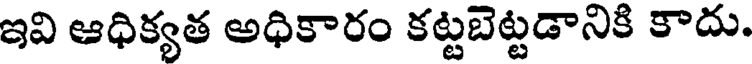
ఇవి ఆధిక్యత అధికారం కట్టబెట్టడానికి కాదు.